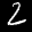
Label: 2